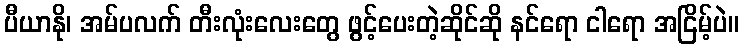
ပီယာနို၊ အမ်ပလက် တီးလုံးလေးတွေ ဖွင့်ပေးတဲ့ဆိုင်ဆို နင်ရော ငါရော အငြိမ့်ပဲ။